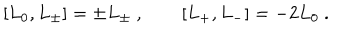
LaTeX: [ L _ { 0 } , L _ { \pm } ] = \pm L _ { \pm } \ , \qquad [ L _ { + } , L _ { - } ] = - 2 L _ { 0 } \ .